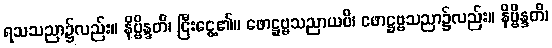
ရသသညာ၌လည်း။ နိဗ္ဗိန္ဒတိ၊ ငြီးငွေ့၏။ ဖောဋ္ဌဗ္ဗသညာယပိ၊ ဖောဋ္ဌဗ္ဗသညာ၌လည်း။ နိဗ္ဗိန္ဒတိ၊